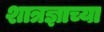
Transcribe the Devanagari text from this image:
शात्रज्ञाच्या